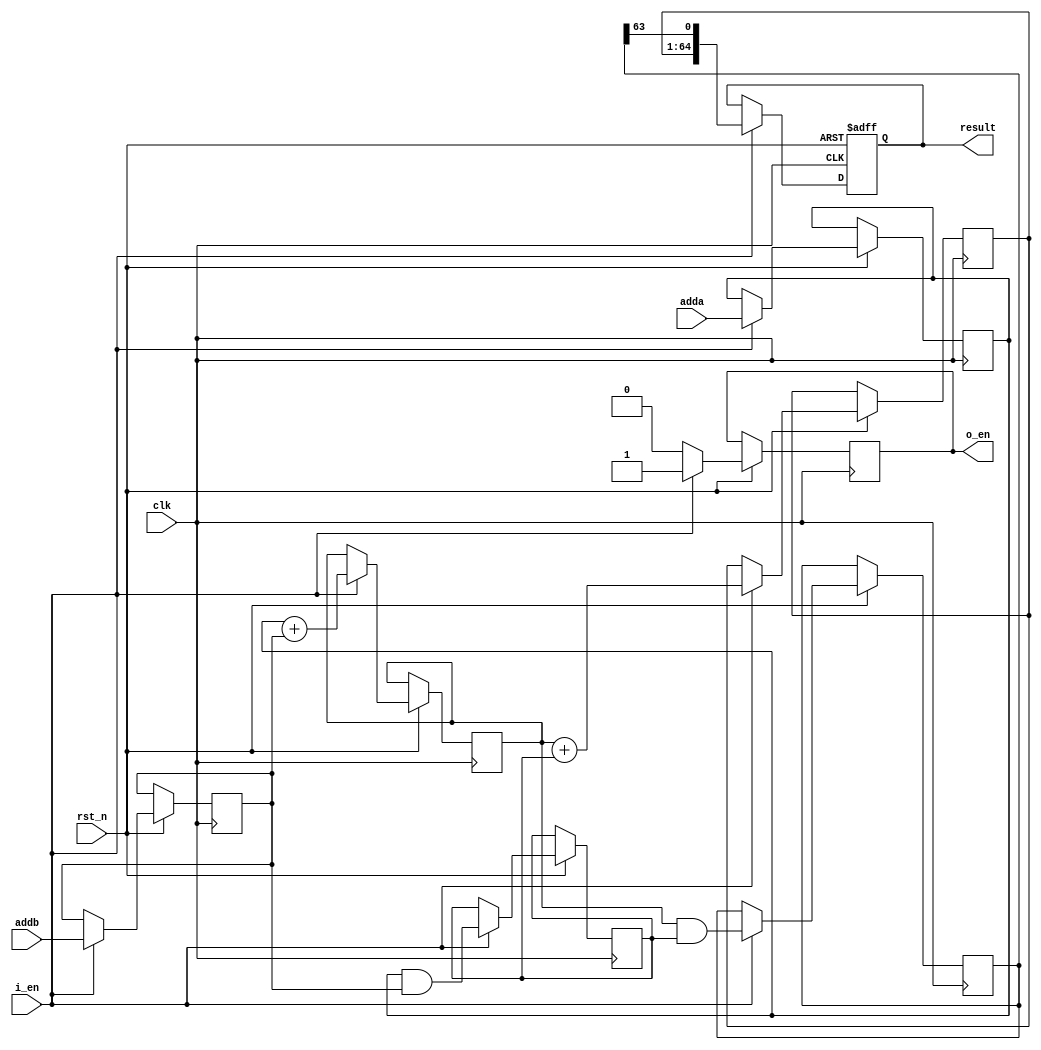
module adder_pipe_64bit (
  input clk,
  input rst_n,
  input i_en,
  input [63:0] adda,
  input [63:0] addb,
  output reg [64:0] result,
  output reg o_en
);

  reg [63:0] stage1_adda, stage1_addb;
  reg [63:0] stage2_adda, stage2_addb;
  reg [63:0] stage3_adda, stage3_addb;

  always @(posedge clk or negedge rst_n) begin
    if (!rst_n)
      result <= 'b0;
    else if (i_en) begin
      stage1_adda <= adda;
      stage1_addb <= addb;
      stage2_adda <= stage1_adda + stage1_addb;
      stage2_addb <= stage1_adda & stage1_addb;
      stage3_adda <= stage2_adda + stage2_addb;
      stage3_addb <= stage2_adda & stage2_addb;
      result <= {stage3_adda, stage3_addb[63]};
      o_en <= 1'b1;
    end else begin
      o_en <= 1'b0;
    end
  end

endmodule